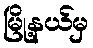
မြို့နယ်မှ